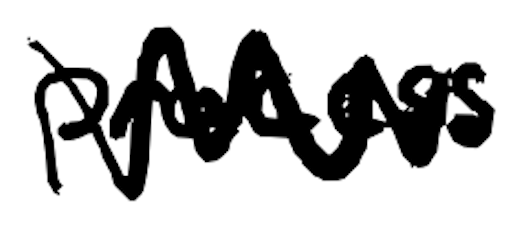
Text: process
Cross-out: zig-zag
Writing tool: digital_black